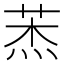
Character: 𦲓